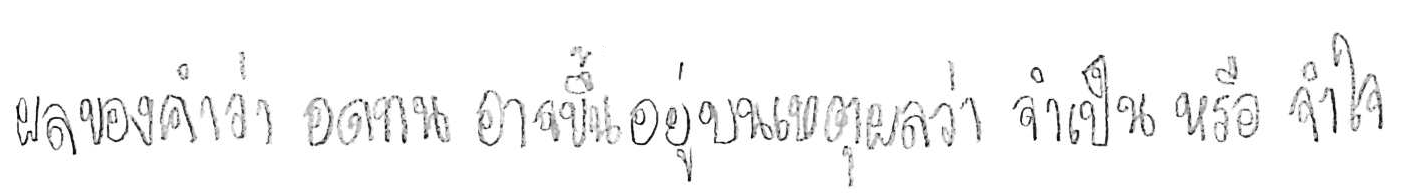
ผลของคำว่า อดทน อาจขึ้นอยู่บนเหตุผลว่า จำเป็น หรือ จำใจ